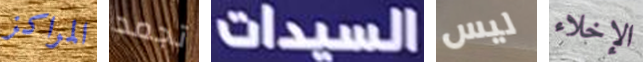
المراكز تجمد السيدات ليس الإخلاء